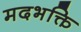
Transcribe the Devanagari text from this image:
मदभक्ति